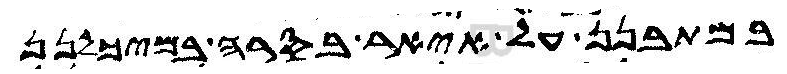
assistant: במתבנן על איאר בסרה במיכלנן